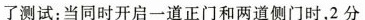
了测试：当同时开启一道正门和两道侧门时，2分